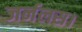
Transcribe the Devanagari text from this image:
जर्नलस।